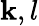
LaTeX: \mathbf{k},l